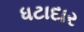
ધટાદાર